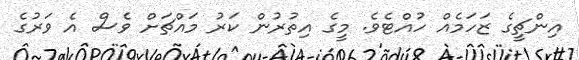
އިންޗީގެ ޒަހަމެއް ހުއްޓެވެ. މީގެ އިތުރުން ކަރު މައްޗަށް ވެސް އެ ވަރުގެ